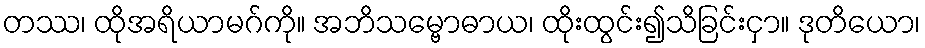
တဿ၊ ထိုအရိယာမဂ်ကို။ အဘိသမ္ဗောဓာယ၊ ထိုးထွင်း၍သိခြင်းငှာ။ ဒုတိယော၊